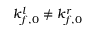
k _ { f , 0 } ^ { l } \neq k _ { f , 0 } ^ { r }